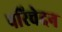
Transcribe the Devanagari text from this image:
परिचेदन